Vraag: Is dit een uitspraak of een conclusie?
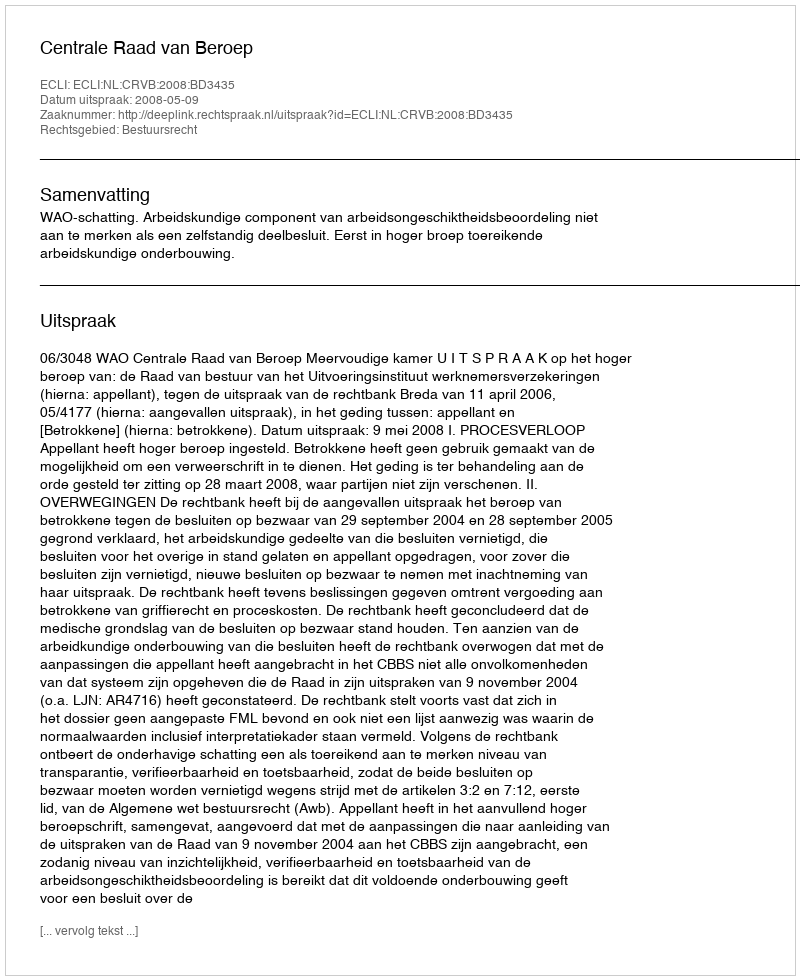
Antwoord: Uitspraak